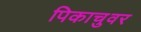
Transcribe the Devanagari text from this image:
पिकाचुवर